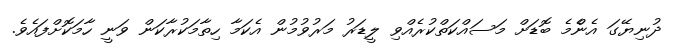
ދުނިޔޭގަ އެންެމެ ބޮޑަށް މަސައްކަތްކުރެއްވި ލީޑަރު މަރުވުމުން އެކަމާ ހިތާމަކުރާކަން ވަނީ ހާމަކޮށްފައެވެ.